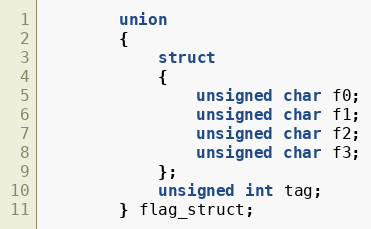
Language: C++
        union
        {
            struct
            {
                unsigned char f0;
                unsigned char f1;
                unsigned char f2;
                unsigned char f3;
            };
            unsigned int tag;
        } flag_struct;